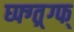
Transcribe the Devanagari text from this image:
घ्फ्ग्त्र्ग्फ्